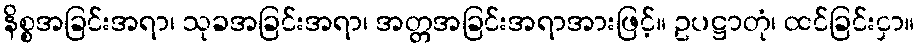
နိစ္စအခြင်းအရာ၊ သုခအခြင်းအရာ၊ အတ္တအခြင်းအရာအားဖြင့်။ ဥပဋ္ဌာတုံ၊ ထင်ခြင်းငှာ။